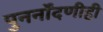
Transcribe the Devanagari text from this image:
पुनर्नोंदणीही